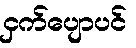
ငှက်ပျောပင်